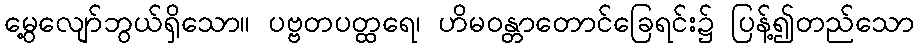
မွေ့လျော်ဘွယ်ရှိသော။ ပဗ္ဗတပတ္ထရေ၊ ဟိမဝန္တာတောင်ခြေရင်း၌ ပြန့်၍တည်သော